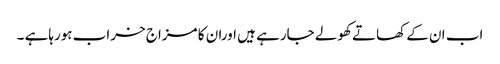
اب ان کے کھاتے کھولے جارہے ہیں اوران کا مزاج خراب ہورہاہے ۔